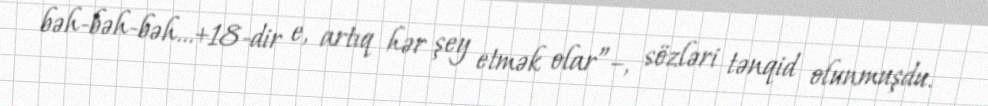
bəh-bəh-bəh…+18-dir e, artıq hər şey etmək olar”–, sözləri tənqid olunmuşdu.